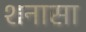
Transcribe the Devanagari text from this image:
शनासा